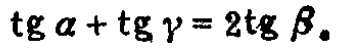
\(\text{tg}\alpha+\text{tg}\gamma = 2\text{tg}\beta。\)